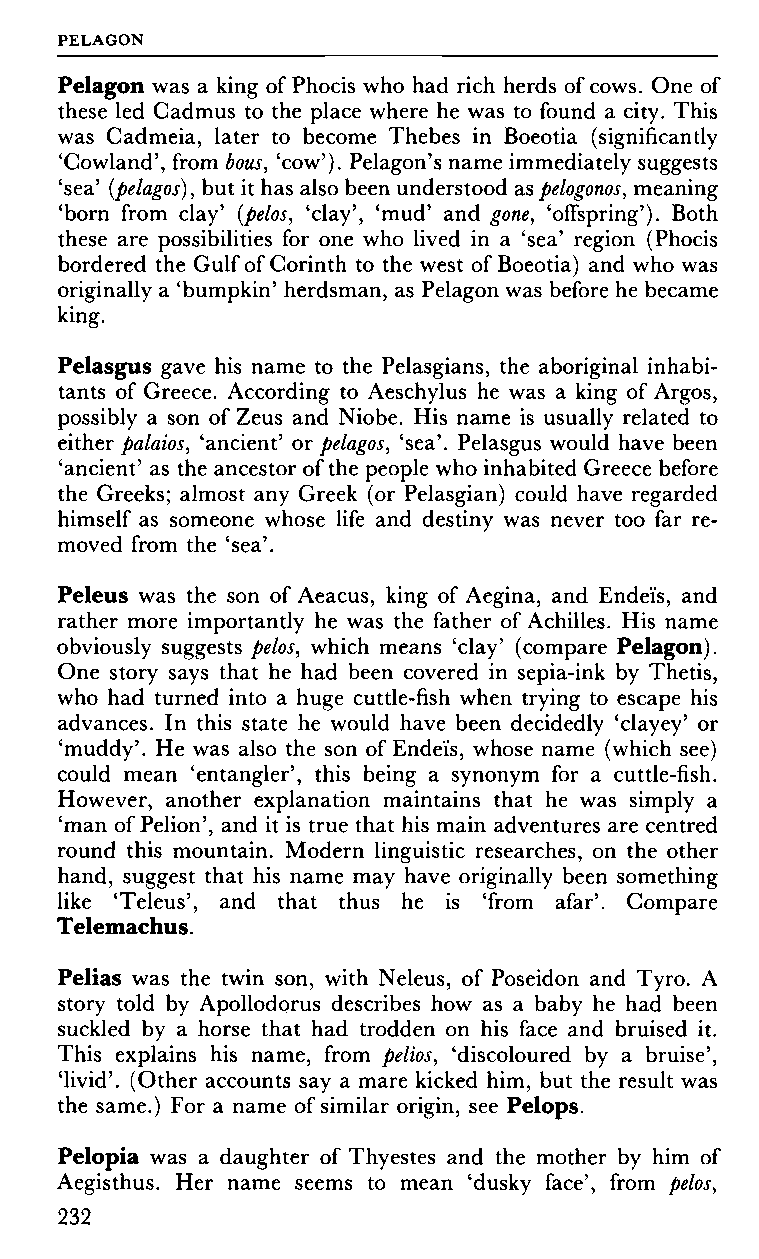
PELAGON
 Pelagon was a king of Phocis who had rich herds of cows. One of
 these led Cadmus to the place where he was to found a city. This
 was Cadmeia, later to become Thebes in Boeotia (significantly
 'Cowland', from bous, 'cow'). Pelagon's name immediately suggests
 'sea' (pelagos), but it has also been understood as pelogonos, meaning
 'born from clay' (pelos, 'clay', 'mud' and gone, 'offspring'). Both
 these are possibilities for one who lived in a 'sea' region (Phocis
 bordered the Gulf of Corinth to the west of Boeotia) and who was
 originally a 'bumpkin' herdsman, as Pelagon was before he became
 king.
 Pelasgus gave his name to the Pelasgians, the aboriginal inhabi
 tants of Greece. According to Aeschylus he was a king of Argos,
 possibly a son of Zeus and Niobe. His name is usually related to
 either palaios, 'ancient' or pelagos, 'sea'. Pelasgus would have been
 'ancient' as the ancestor of the people who inhabited Greece before
 the Greeks; almost any Greek (or Pelasgian) could have regarded
 himself as someone whose life and destiny was never too far re
 moved from the 'sea'.
 Peleus was the son of Aeacus, king of Aegina, and Endeïs, and
 rather more importantly he was the father of Achilles. His name
 obviously suggests pelos, which means 'clay' (compare Pelagon).
 One story says that he had been covered in sepia-ink by Thetis,
 who had turned into a huge cuttle-fish when trying to escape his
 advances. In this state he would have been decidedly 'clayey' or
 'muddy'. He was also the son of Endeïs, whose name (which see)
 could mean 'entangler', this being a synonym for a cuttle-fish.
 However, another explanation maintains that he was simply a
 'man of Pelion', and it is true that his main adventures are centred
 round this mountain. Modern linguistic researches, on the other
 hand, suggest that his name may have originally been something
 like 'Teleus', and that thus he is 'from afar'. Compare
 Telemachus.
 Pelias was the twin son, with Neleus, of Poseidon and Tyro. A
 story told by Apollodorus describes how as a baby he had been
 suckled by a horse that had trodden on his face and bruised it.
 This explains his name, from pelios, 'discoloured by a bruise',
 'livid'. (Other accounts say a mare kicked him, but the result was
 the same.) For a name of similar origin, see Pelops.
 Pelopia was a daughter of Thyestes and the mother by him of
 Aegisthus. Her name seems to mean 'dusky face', from pelos,
 232